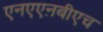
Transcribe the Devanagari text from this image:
एनएएऩबीएच